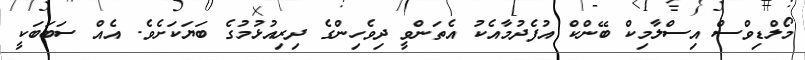
މޯލްޑިވްސް އިސްލާމިކް ބޭންކް އުފެދުމާއެކު އެތަންވީ ދިވެހިންގެ ދިރިއުޅުމުގެ ބަޔަކަށެވެ. އެއް ސަބަބަކީ